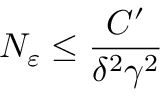
N _ { \varepsilon } \leq \frac { C ^ { \prime } } { \delta ^ { 2 } \gamma ^ { 2 } }